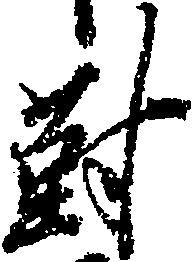
対